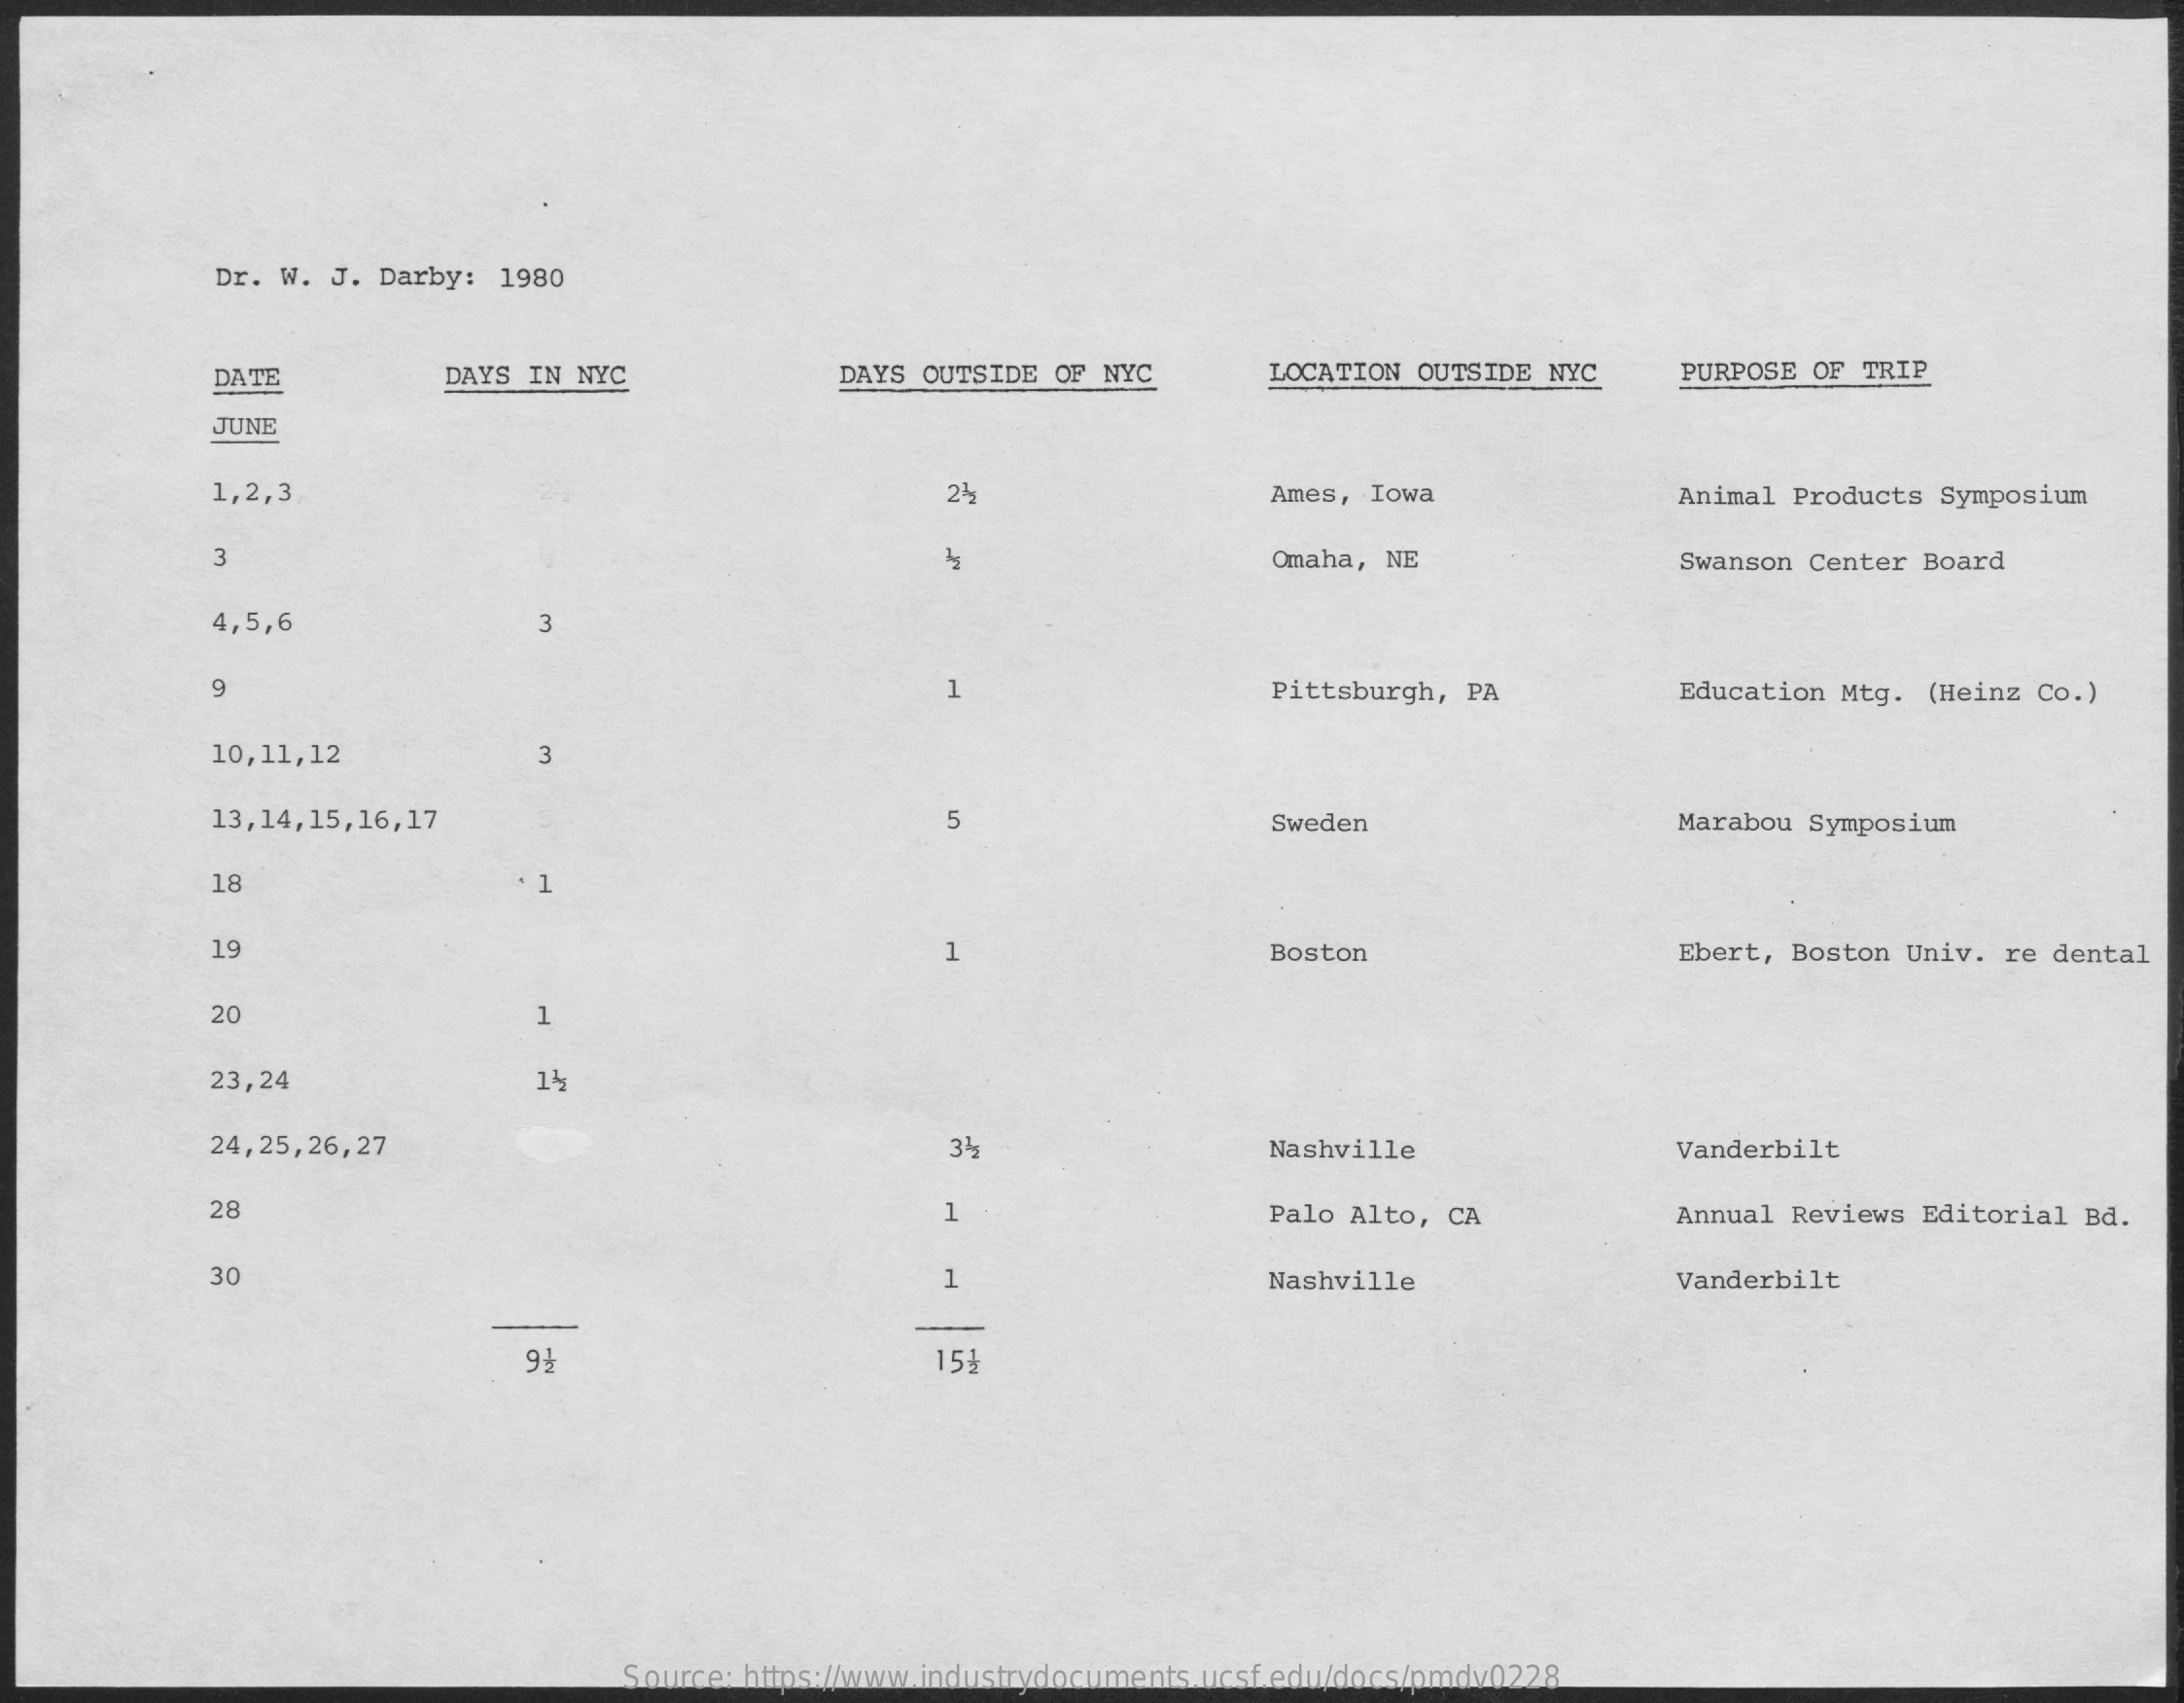
Dr. W. J. Darby: 1980
     DATE    DAYS IN NYC   DAYS OUTSIDE OF NYC LOCATION OUTSIDE NYC PURPOSE OF TRIP
     JUNE
     1,2,3    2ª    Ames, Iowa    Animal Products Symposium
     3    Omaha, NE    Swanson Center Board
     4,5,6    3
     Pittsburgh, PA Education Mtg. (Heinz Co.)
     10,11,12   3
     13,14,15,16,17    5    Sweden    Marabou Symposium
     18    1
     19    Boston    Ebert, Boston Univ. re dental
     20
     23,24    14
     24,25,26,27    34    Nashville    Vanderbilt
     28    1    Palo Alto, CA Annual Reviews Editorial Bd.
     30    1    Nashville    Vanderbilt
     9    15%
     Source: https://www.industrydocuments.ucsf.edu/docs/pmdv0228